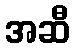
အဆီ